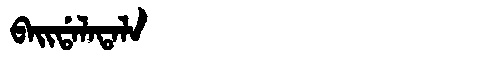
Manchu: ᠪᠠᡳᡩᠠᠯᠠᡨᠠᠯᠠ
Romanization: BAIDALATALA